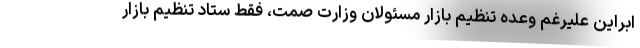
ابراین علیرغم وعده تنظیم بازار مسئولان وزارت صمت، فقط ستاد تنظیم بازار